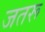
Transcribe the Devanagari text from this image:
जतरू